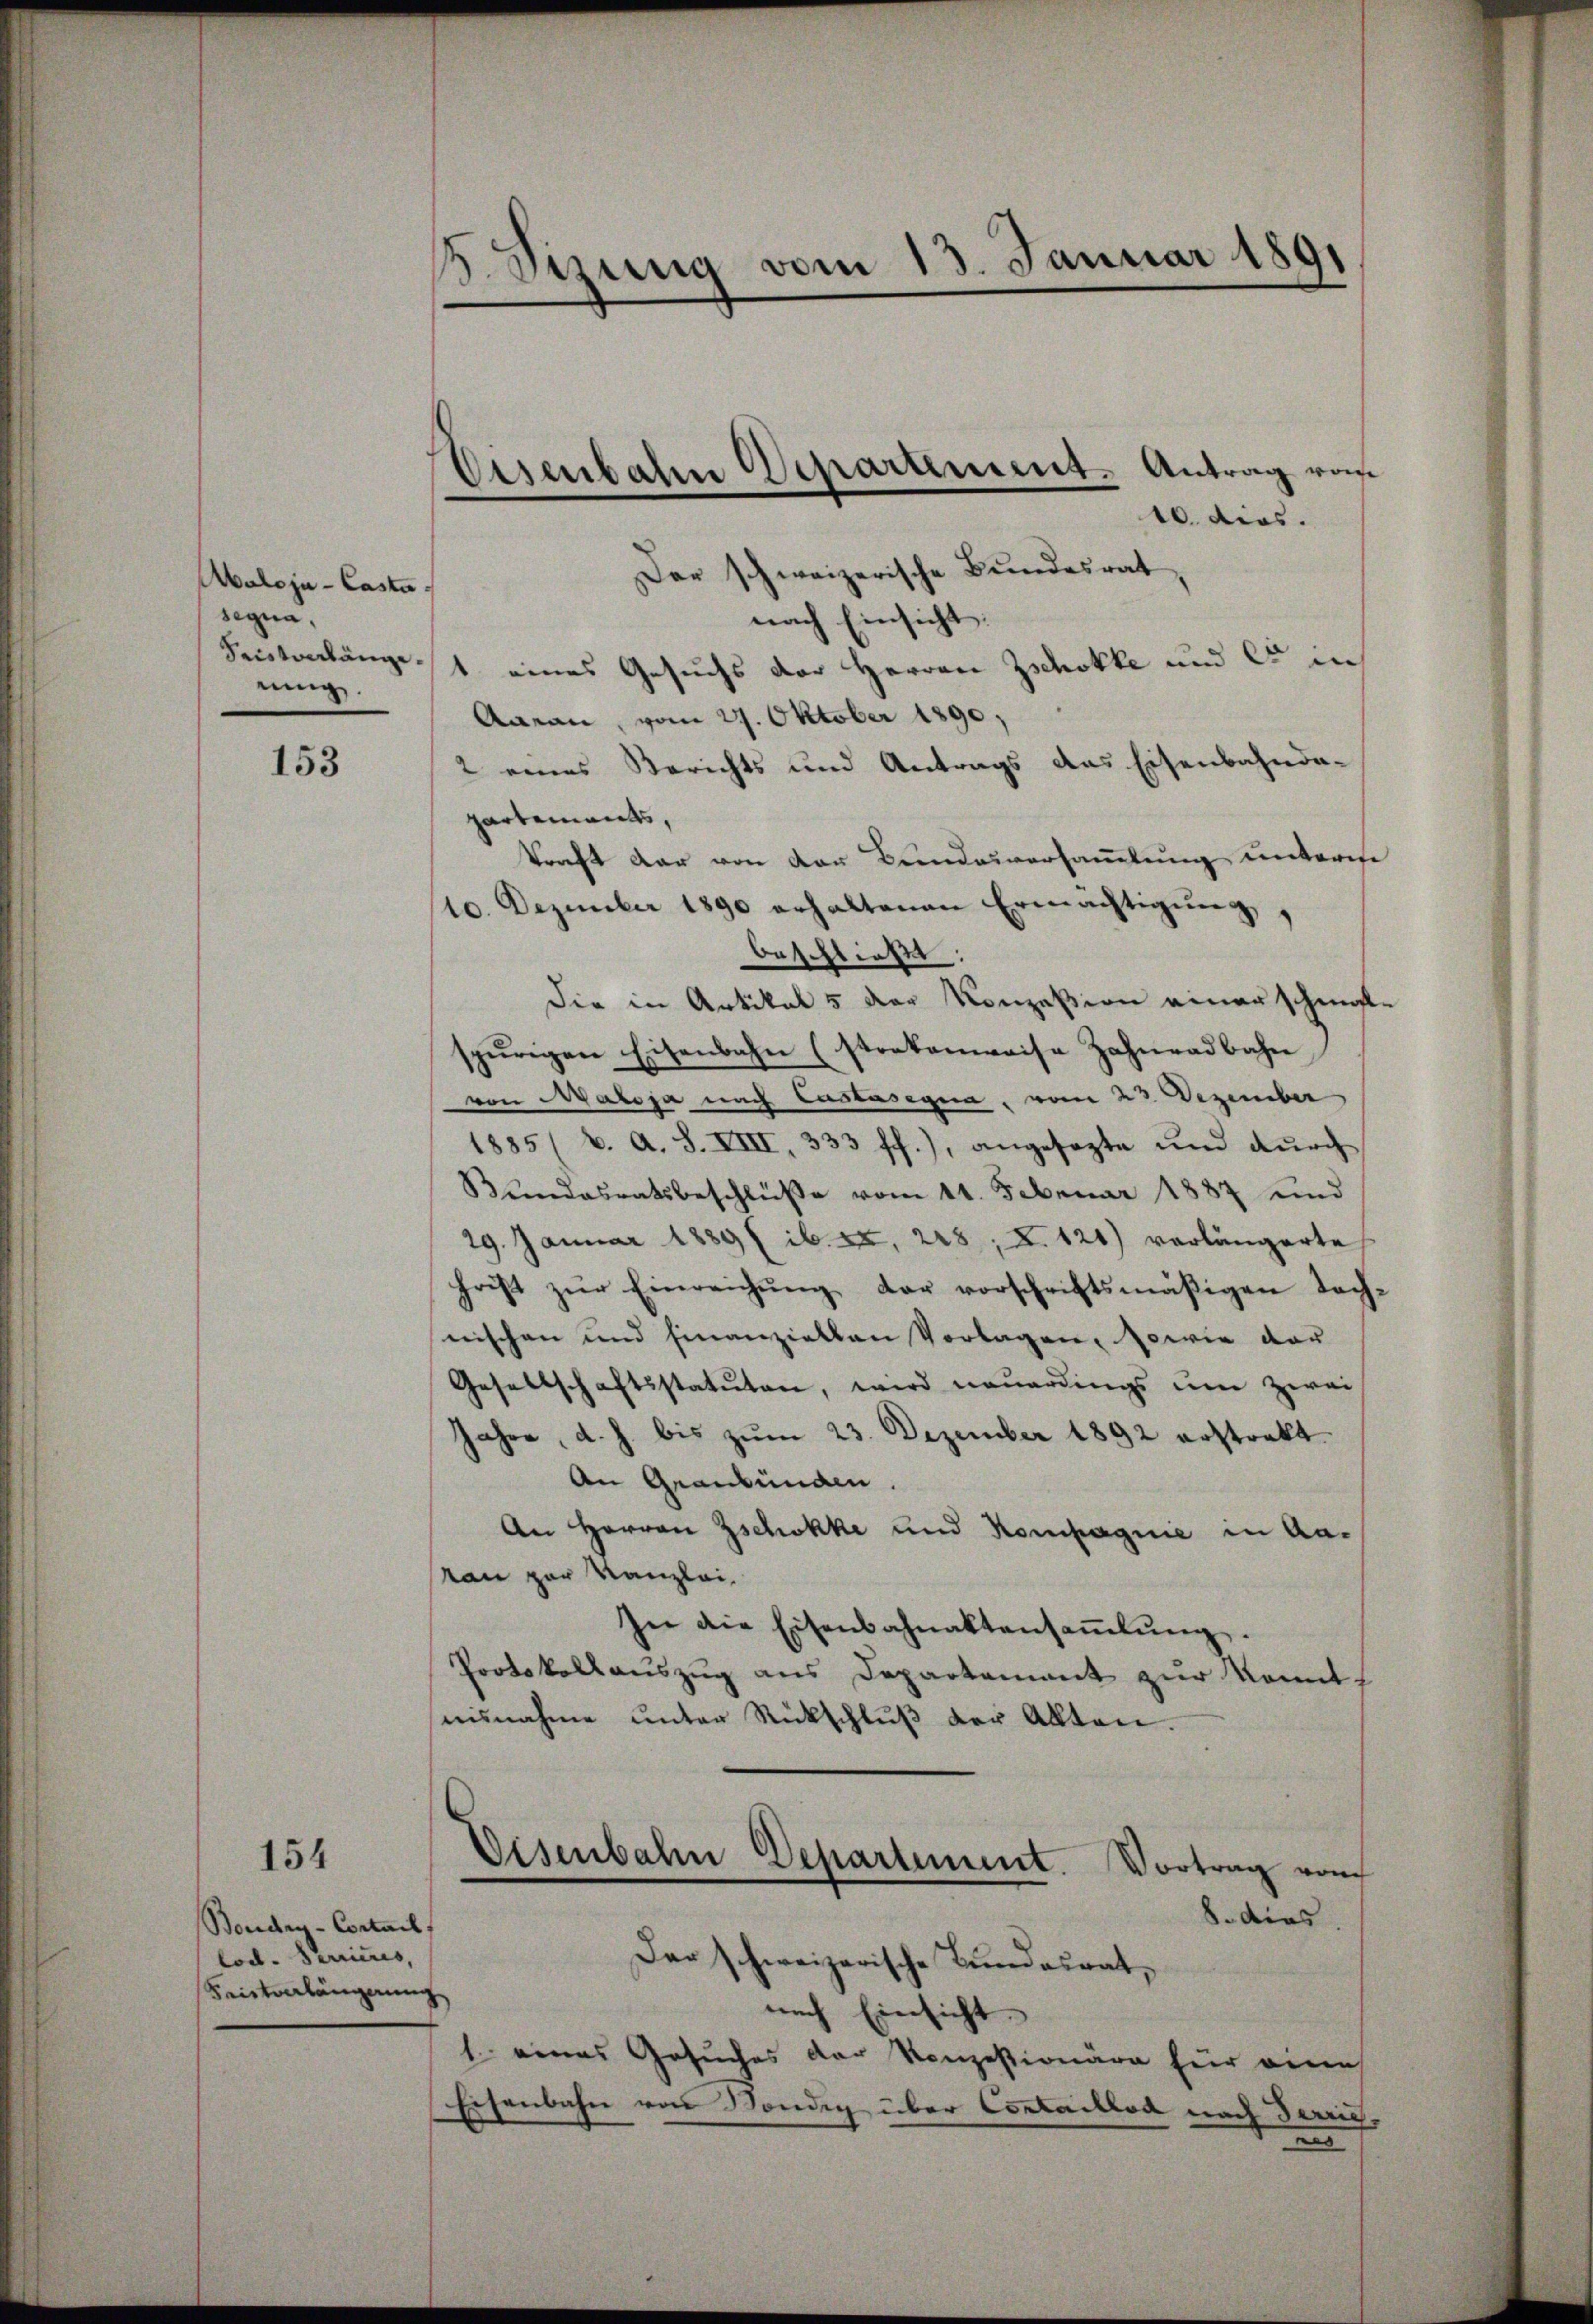
Abaloja - Casta
segna,
nung.

153

154

Boudry-Cortail,
lod. Terrieres,
Keirtenlängnung

8. Sizung vom 13. Januar 1891

10. dies.
Der schweizerische Bundesrat
nach Einsicht
Beistenlängst eines Gesuchs der Herren Zschokke und es in
Aarau, vom 29. Oktober 1890;
2 eines Berichts und Antrags das Eisenbahnda-
partements,
kraft dar von der Beindesversammlung unterese
10. Dezember 1890 erhaltenen Ermächtigung,
beschließt:
Die in Artikel 5 der Konzession einer schmal-
spurigen Eisenbahn (stratenweise Zahnadbahn
von Maloja nach Castasegna, vom 23. Dezember
1885 (v. a. S. VIII, 333 ff.), angesezte und durch
Bundesratsbeschlüße vom 11. Februar 1887 und
29. Januar 1889 ( ib. ex. 228, X. 121) vorlängerte
hrist zŭr Einreichung der vorschriftsmäßigen Tochnischen und finanziellen Vorlagen, sowie der
Gesellschaftsstatuten, wird neuerdings um zwei
Jahre, d. h. bis zum 23. Dezember 1892 erstrakt
An Graubünden.
An Herren Zschokke und Kompagnie in Aaran zur Kanzlei-
In die Eisenbahnaktensaṁlŭng.
Protokollauszug aus Departement zur konnt
nisnahme unter Rückschlŭβ der Akten.
Eisenbahn Departement. Vortrag vom
8. dies
Der schweizerische Bundesrat,
nach Einsicht.
1. eines Gesuches der Konzessionäre für einen
Eisenbahn von Kondig über Contaillod nach Terric
n

Sisenbahn Departement. Antrag von
f
.